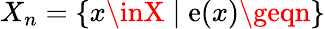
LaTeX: X_{n}=\{ x\inX\mid\mathrm{e}(x)\geqn\}